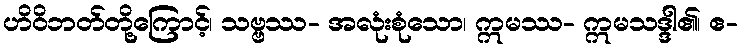
ဟိဝိဘတ်တို့ကြောင့်၊ သဗ္ဗဿ- အလုံးစုံသော၊ ဣမဿ- ဣမသဒ္ဒါ၏၊ ဧ-